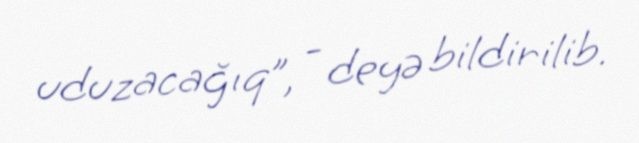
uduzacağıq”, - deyə bildirilib.